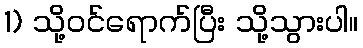
1) သို့ဝင်ရောက်ပြီး သို့သွားပါ။